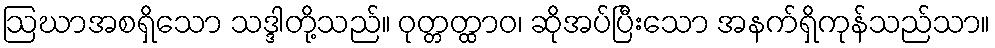
ဩဃာအစရှိသော သဒ္ဒါတို့သည်။ ဝုတ္တတ္ထာဝ၊ ဆိုအပ်ပြီးသော အနက်ရှိကုန်သည်သာ။